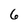
Character: 6